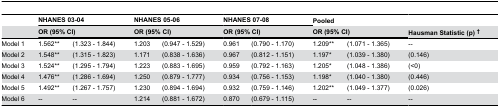
<table><thead><tr><td>[EMPTY_CELL]</td><td colspan="2"><b>NHANES 03-04</b></td><td colspan="2"><b>NHANES 05-06</b></td><td colspan="2"><b>NHANES 07-08</b></td><td><b>Pooled</b></td><td>[EMPTY_CELL]</td><td>[EMPTY_CELL]</td></tr><tr><td>[EMPTY_CELL]</td><td colspan="2"><b>OR (95% CI)</b></td><td colspan="2"><b>OR (95% CI)</b></td><td colspan="2"><b>OR (95% CI)</b></td><td colspan="2"><b>OR (95% CI)</b></td><td><b>Hausman Statistic (p) †</b></td></tr></thead><tbody><tr><td>Model 1</td><td>1.562**</td><td>(1.323 - 1.844)</td><td>1.203</td><td>(0.947 - 1.529)</td><td>0.961</td><td>(0.790 - 1.170)</td><td>1.209**</td><td>(1.071 - 1.365)</td><td>--</td></tr><tr><td>Model 2</td><td>1.548**</td><td>(1.315 - 1.823)</td><td>1.171</td><td>(0.838 - 1.636)</td><td>0.967</td><td>(0.812 - 1.151)</td><td>1.197*</td><td>(1.039 - 1.380)</td><td> (0.146)</td></tr><tr><td>Model 3</td><td>1.524**</td><td>(1.295 - 1.794)</td><td>1.223</td><td>(0.883 - 1.695)</td><td>0.959</td><td>(0.792 - 1.163)</td><td>1.205*</td><td>(1.048 - 1.386)</td><td> (&lt;0)</td></tr><tr><td>Model 4</td><td>1.476**</td><td>(1.286 - 1.694)</td><td>1.250</td><td>(0.879 - 1.777)</td><td>0.934</td><td>(0.756 - 1.153)</td><td>1.198*</td><td>(1.040 - 1.380)</td><td> (0.446)</td></tr><tr><td>Model 5</td><td>1.492**</td><td>(1.267 - 1.757)</td><td>1.230</td><td>(0.894 - 1.694)</td><td>0.932</td><td>(0.759 - 1.146)</td><td>1.202**</td><td>(1.049 - 1.377)</td><td> (0.026)</td></tr><tr><td>Model 6</td><td>--</td><td>--</td><td>1.214</td><td>(0.881 - 1.672)</td><td>0.870</td><td>(0.679 - 1.115)</td><td>--</td><td>--</td><td>--</td></tr></tbody></table>